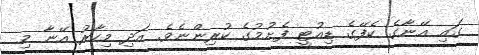
ގައި އޭނާގެ ކެފޭގެ ޑިއުޓީ ފެށުމުގެ ކުރިންނެވެ. އަދި މިހާރު އޭނާ މި